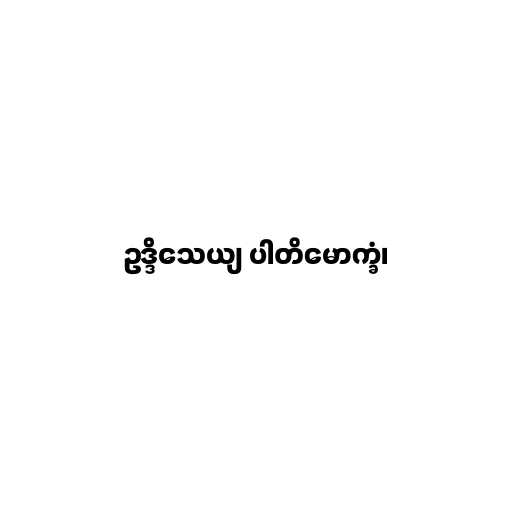
ဥဒ္ဒိသေယျ ပါတိမောက္ခံ၊